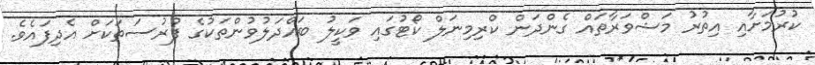
ކުރުމަށާއި އިތުރު މަޝްވަރާތައް ގެންދަން ކްރިމިނަލް ކޯޓުގައި ވަކީލު ބައްދަލުވުންތަކުގެ ފުރުސަތަކަށް އެދިފައެވެ.